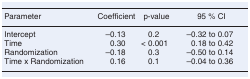
<table><thead><tr><td><b>Parameter</b></td><td><b>Coefficient</b></td><td><b>p-value</b></td><td><b>95% CI</b></td></tr></thead><tbody><tr><td>Intercept</td><td>–0.13</td><td>0.2</td><td>–0.32 to 0.07</td></tr><tr><td>Time</td><td>0.30</td><td>&lt; 0.001</td><td>0.18 to 0.42</td></tr><tr><td>Randomization</td><td>–0.18</td><td>0.3</td><td>–0.50 to 0.14</td></tr><tr><td>Time x Randomization</td><td>0.16</td><td>0.1</td><td>–0.04 to 0.36</td></tr></tbody></table>